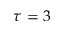
\tau = 3